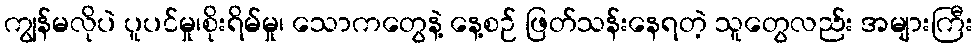
ကျွန်မလိုပဲ ပူပင်မှု၊စိုးရိမ်မှု၊ သောကတွေနဲ့ နေ့စဉ် ဖြတ်သန်းနေရတဲ့ သူတွေလည်း အများကြီး